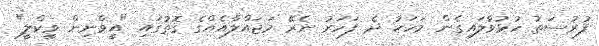
ފުރުސަތު ހުޅުވާލައިގެން މަހަކު ދެ ފަހަރު ނެރޭ މަޖައްލާއެއްގެ ގޮތުގައި "އީވްނިން ވީކްލީ"